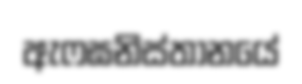
ඇෆඝනිස්තානයේ